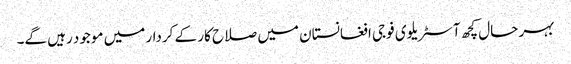
بہر حال کچھ آسٹریلوی فوجی افغانستان میں صلاح کار کے کردار میں موجود رہیں گے۔